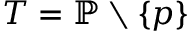
T = \mathbb { P } \setminus \{ p \}